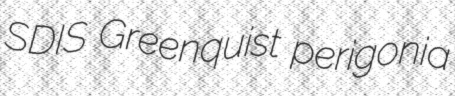
SDIS Greenquist perigonia